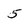
Character: 5